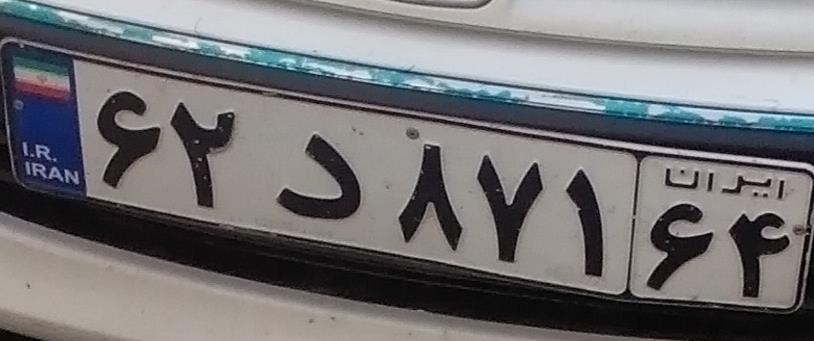
۶۲د۸۷۱۶۴